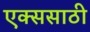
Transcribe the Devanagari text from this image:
एक्ससाठी